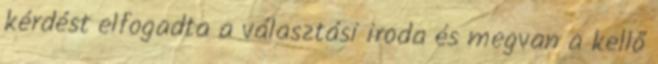
kérdést elfogadta a választási iroda és megvan a kellő